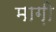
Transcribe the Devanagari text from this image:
माग़ी